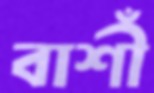
বাশীঁ